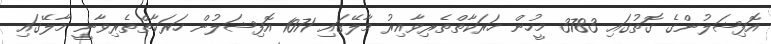
އޮފިޝަލުންގެ ގޮތުގައި 3783 މީހުން ހަރަކާތްތެރިވާއިރު މާލޭގައި 1071 އޮފިޝަލުން ހަރަކާތްތެރިވާނީ މާލޭގައި